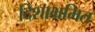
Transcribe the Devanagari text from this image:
दिशाभ्रमित